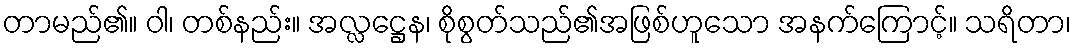
တာမည်၏။ ဝါ၊ တစ်နည်း။ အလ္လဋ္ဌေန၊ စိုစွတ်သည်၏အဖြစ်ဟူသော အနက်ကြောင့်။ သရိတာ၊